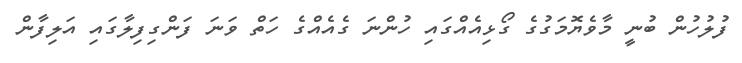
ފުލުހުން ބުނީ މާވެޔޮމަގުގެ ގޯޅިއެއްގައި ހުންނަ ގެއެއްގެ ހަތް ވަނަ ފަންގިފިލާގައި އަލިފާން